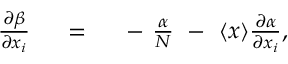
\begin{array} { r l r } { { \frac { \partial \beta } { \partial { x } _ { i } } } } & { { } \ = \ } & { \ - \ { \frac { \alpha } { N } } \ - \ \langle { x } \rangle { \frac { \partial \alpha } { \partial { x } _ { i } } } , } \end{array}